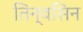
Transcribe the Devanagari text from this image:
तिन्वसिन